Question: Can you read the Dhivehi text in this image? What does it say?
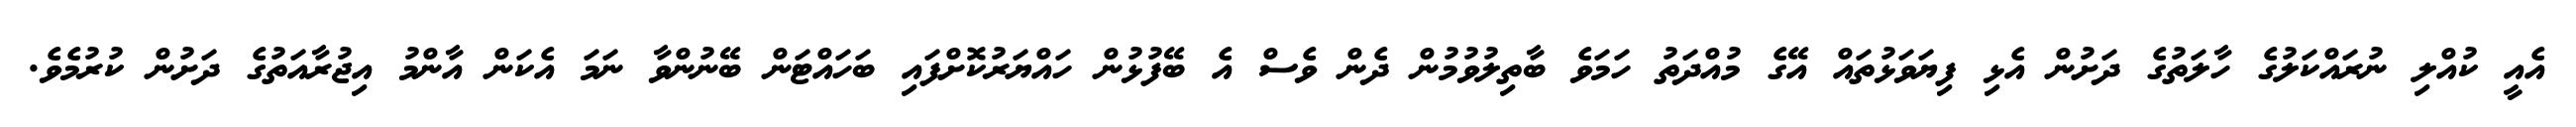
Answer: އެއީ ކުއްލި ނުރައްކަލުގެ ހާލަތުގެ ދަށުން އެޅި ފިޔަވަޅުތައް އޭގެ މުއްދަތު ހަމަވެ ބާތިލުވުމުން ދެން ވެސް އެ ބޭފުޅުން ހައްޔަރުކޮށްފައި ބަހައްޓަން ބޭނުންވާ ނަމަ އެކަން އާންމު އިޖުރާއަތުގެ ދަށުން ކުރުމެވެ.